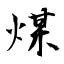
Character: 煤